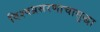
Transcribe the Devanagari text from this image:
विश्वप्रसरणाचासुद्धा